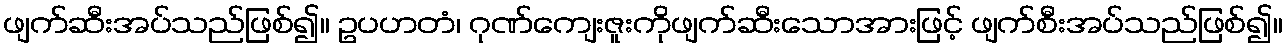
ဖျက်ဆီးအပ်သည်ဖြစ်၍။ ဥပဟတံ၊ ဂုဏ်ကျေးဇူးကိုဖျက်ဆီးသောအားဖြင့် ဖျက်စီးအပ်သည်ဖြစ်၍။